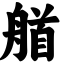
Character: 艏